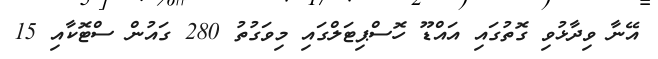
އޭނާ ވިދާޅުވި ގޮތުގައި އައްޑޫ ހޮސްޕިޓަލްގައި މިވަގުތު 280 ގައުން ސްޓޮކާއި 15